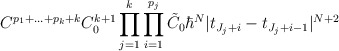
\begin{align*}C^{p_1+\ldots+p_k+k}C_0^{k+1} \prod_{j=1}^k \prod_{i=1}^{p_j} \tilde{C}_0\hbar^{N}|t_{J_j+i}-t_{J_{j}+i-1}|^{N+2}\end{align*}